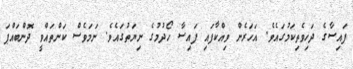
ފައިސާގެ ދަހިވެތިކަމުގައެވެ. އަހަރެން ވިއްކާފައި ފައިސާ ހޯދުމުގެ ނިޔަތުގައެވެ. ނަމަވެސް ކަންތައްވީ ދޮންބައްޕަ